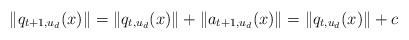
LaTeX: \begin{align*} \|q_{t+1, u_d}(x)\| = \|q_{t, u_d}(x)\|+\|a_{t+1, u_d}(x)\| = \|q_{t, u_d}(x)\|+ c\end{align*}